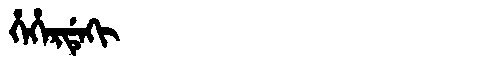
Manchu: ᡥᡝᡥᡝᡵᡩᡝᡴᡳ
Romanization: HEHERDEKI